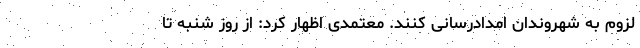
لزوم به شهروندان امدادرسانی کنند. معتمدی اظهار کرد: از روز شنبه تا